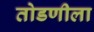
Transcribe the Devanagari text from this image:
तोडणीला